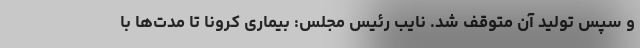
و سپس تولید آن متوقف شد. نایب رئیس مجلس: بیماری کرونا تا مدت‌ها با